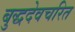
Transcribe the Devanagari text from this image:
बुद्धदेवचरित